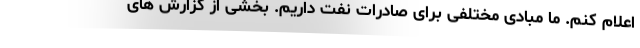
اعلام کنم. ما مبادی مختلفی برای صادرات نفت داریم. بخشی از گزارش های